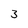
Character: 3